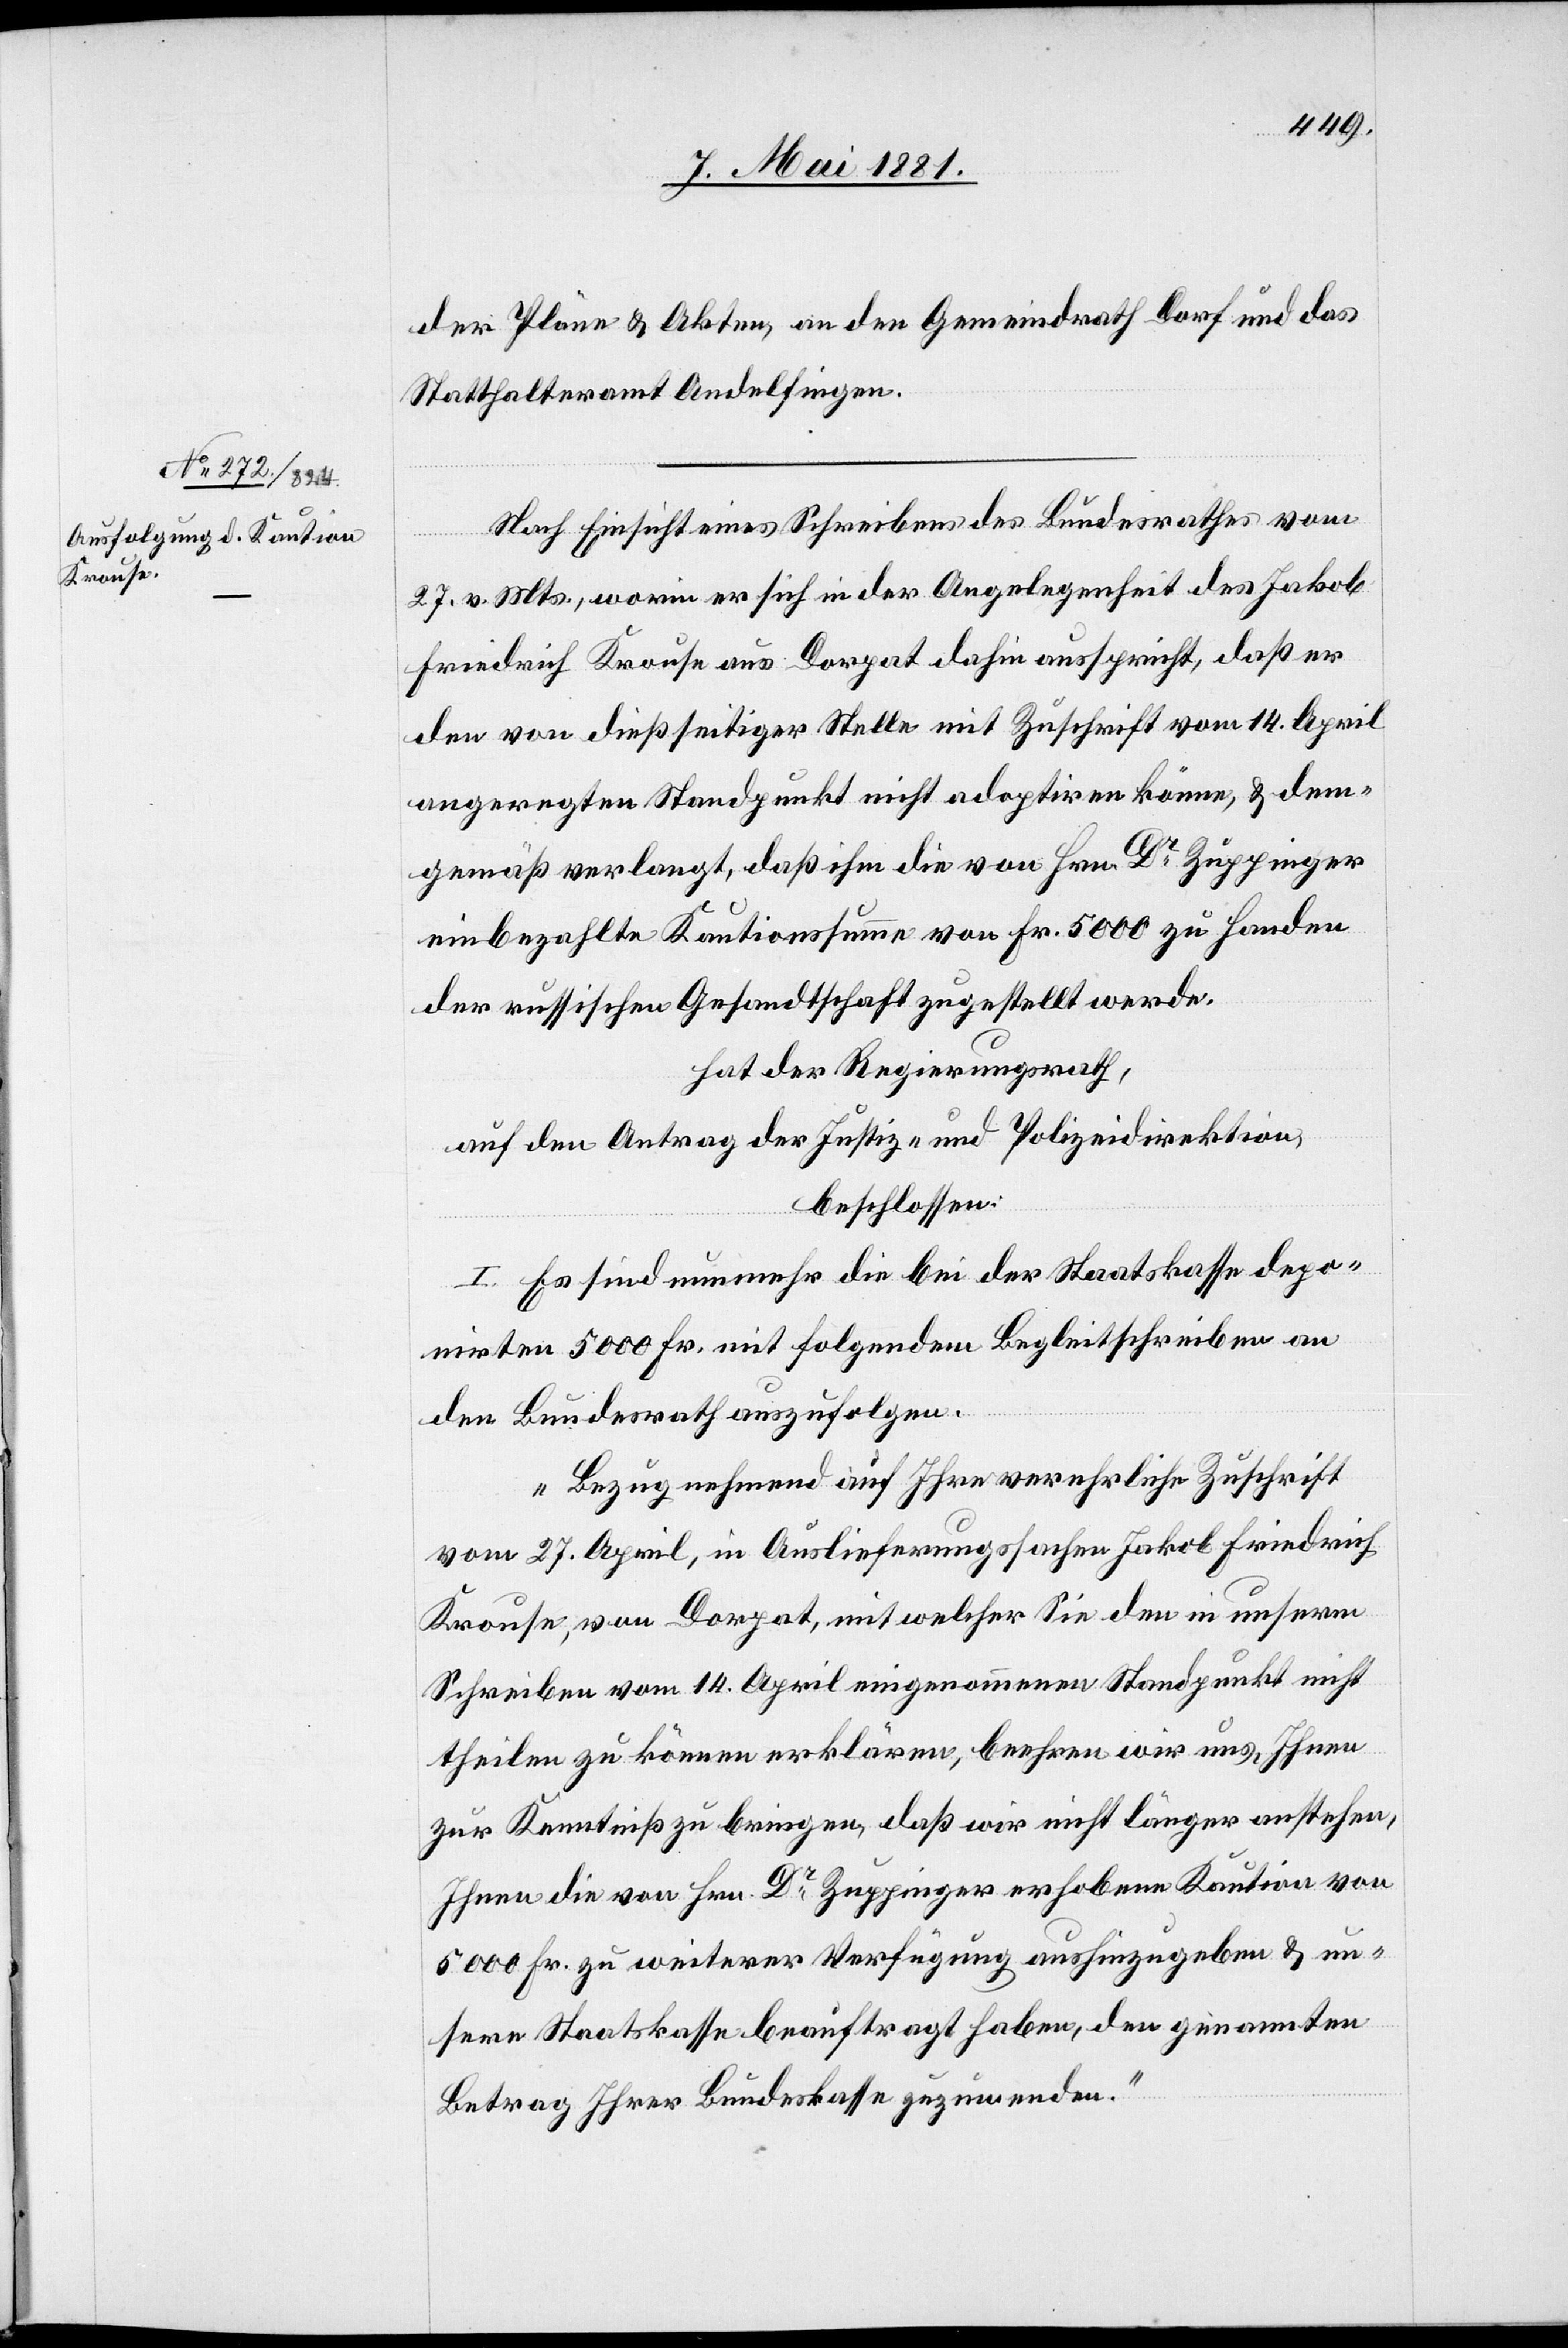
der Pläne & Akten, an den Gemeindrath Dorf und das
Statthalteramt Andelfingen.
Nach Einsicht eines Schreibens des Bundesrathes vom
27. v. Mts., worin er sich in der Angelegenheit des Jakob
Friedrich Krouse aus Dorpat dahin ausspricht, daß er
den von dießseitiger Stelle mit Zuschrift vom 14. April
angeregten Standpunkt nicht adaptiren könne, & dem¬
gemäß verlangt, daß ihm die von Hrn. Dr Zuppinger
einbezahlte Kautionssumme von Fr. 5000 zu Handen
der russischen Gesandtschaft zugestellt werde,
hat der Regierungsrath,
auf den Antrag der Justiz- & Polizeidirektion,
beschlossen:
I. Es sind nunmehr die bei der Staatskasse depo¬
nirten 5000 Fr. mit folgendem Begleitschreiben an
den Bundesrath auszufolgen.
„Bezugnehmend auf Ihre verehrliche Zuschrift
vom 27. April, in Auslieferungssachen Jakob Friedlich
Krouse, von Dorpat, mit welcher Sie den in unserm
Schreiben vom 14. April eingenommenen Standpunkt nicht
theilen zu können erklären, beehren wir uns, Ihnen
zur Kenntniß zu bringen, das wir nicht länger anstehen,
Ihnen die von Hrn. Dr Zuppinger erhobenen Kaution von
5000 Fr. zu weiterer Verfügung aushinzugeben & un¬
sere Staatskasse beauftragt haben, den genannten
Betrag Ihrer Bundeskasse zuzuwenden.“